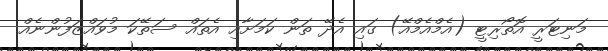
މަނިޓަރީ އޮތޯރިޓީ (އެމްއެމްއޭ) ގައި އެދޭ ތަން ކަމަށާއި އެތައް ސަތޭކަ މުވައްޒަފުންނެއް